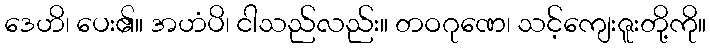
ဒေဟိ၊ ပေး၏။ အဟံပိ၊ ငါသည်လည်း။ တဝဂုဏေ၊ သင့်ကျေးဇူးတို့ကို။